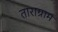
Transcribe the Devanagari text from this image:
ताराग्राम